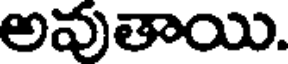
అవుతాయి.